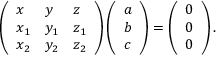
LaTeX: \left( { \begin{array} { l l l } { x } & { y } & { z } \\ { x _ { 1 } } & { y _ { 1 } } & { z _ { 1 } } \\ { x _ { 2 } } & { y _ { 2 } } & { z _ { 2 } } \end{array} } \right) \left( { \begin{array} { l } { a } \\ { b } \\ { c } \end{array} } \right) = \left( { \begin{array} { l } { 0 } \\ { 0 } \\ { 0 } \end{array} } \right) .